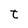
Character: t